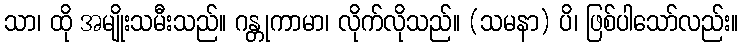
သာ၊ ထို အမျိုးသမီးသည်။ ဂန္တုကာမာ၊ လိုက်လိုသည်။ (သမနာ) ပိ၊ ဖြစ်ပါသော်လည်း။